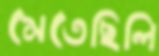
মেতেছিলি